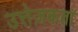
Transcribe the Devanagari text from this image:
उत्तेज़कता